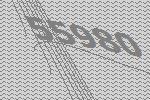
55980